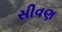
સીવણ